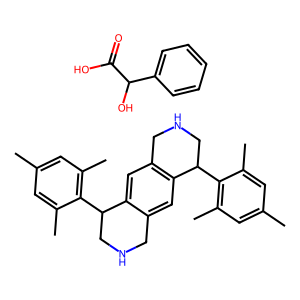
SMILES: Cc1cc(C)c(C2CNCc3cc4c(cc32)CNCC4c2c(C)cc(C)cc2C)c(C)c1.O=C(O)C(O)c1ccccc1
Inhibits HIV replication: No